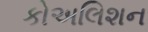
કોઅલિશન